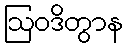
ဩဝဒိတွာန